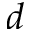
d